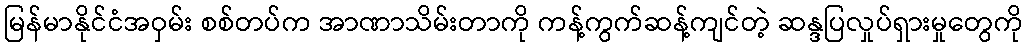
မြန်မာနိုင်ငံအဝှမ်း စစ်တပ်က အာဏာသိမ်းတာကို ကန့်ကွက်ဆန့်ကျင်တဲ့ ဆန္ဒပြလှုပ်ရှားမှုတွေကို